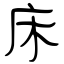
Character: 床